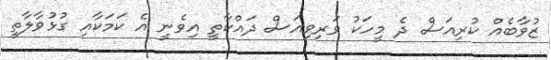
ޒުވާބެއް ކުރިއަސް ދެ މީހަކު ވަރިވިއަސް ދައްކާތީ އިވެނީ އެ ކަަމަކާއި ގުޅުވާލާތީ